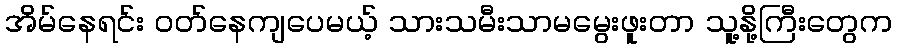
အိမ်နေရင်း ဝတ်နေကျပေမယ့် သားသမီးသာမမွေးဖူးတာ သူ့နို့ကြီးတွေက